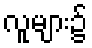
လူများ၌